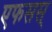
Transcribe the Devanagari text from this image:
एफसस्